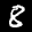
Label: 8